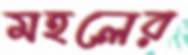
মহলের